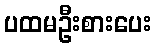
ပထမဦးစားပေး